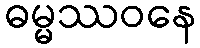
ဓမ္မဿဝနေ